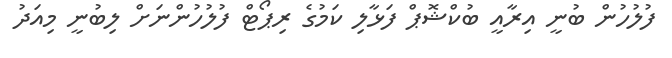
ފުލުހުން ބުނީ އިރާއީ ބުކްޝޮޕް ފަޅާލި ކަމުގެ ރިޕޯޓް ފުލުހުންނަށް ލިބުނީ މިއަދު